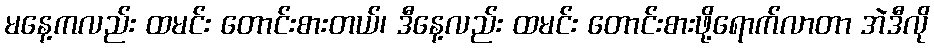
မနေ့ကလည်း ထမင်း တောင်းစားတယ်၊ ဒီနေ့လည်း ထမင်း တောင်းစားဖို့ရောက်လာတာ အဲဒီလို